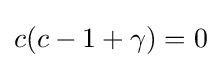
c(c-1+\gamma )=0